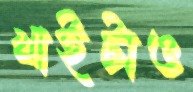
খাইটাও